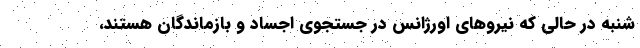
شنبه در حالی که نیروهای اورژانس در جستجوی اجساد و بازماندگان هستند،